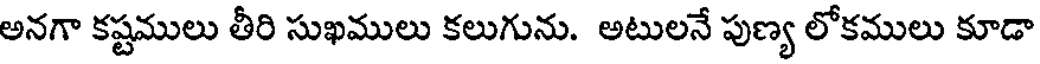
అనగా కష్టములు తీరి సుఖములు కలుగును. అటులనే పుణ్య లోకములు కూడా